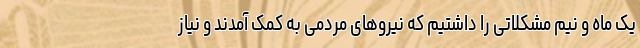
یک ماه و نیم مشکلاتی را داشتیم که نیروهای مردمی به کمک آمدند و نیاز